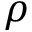
\rho